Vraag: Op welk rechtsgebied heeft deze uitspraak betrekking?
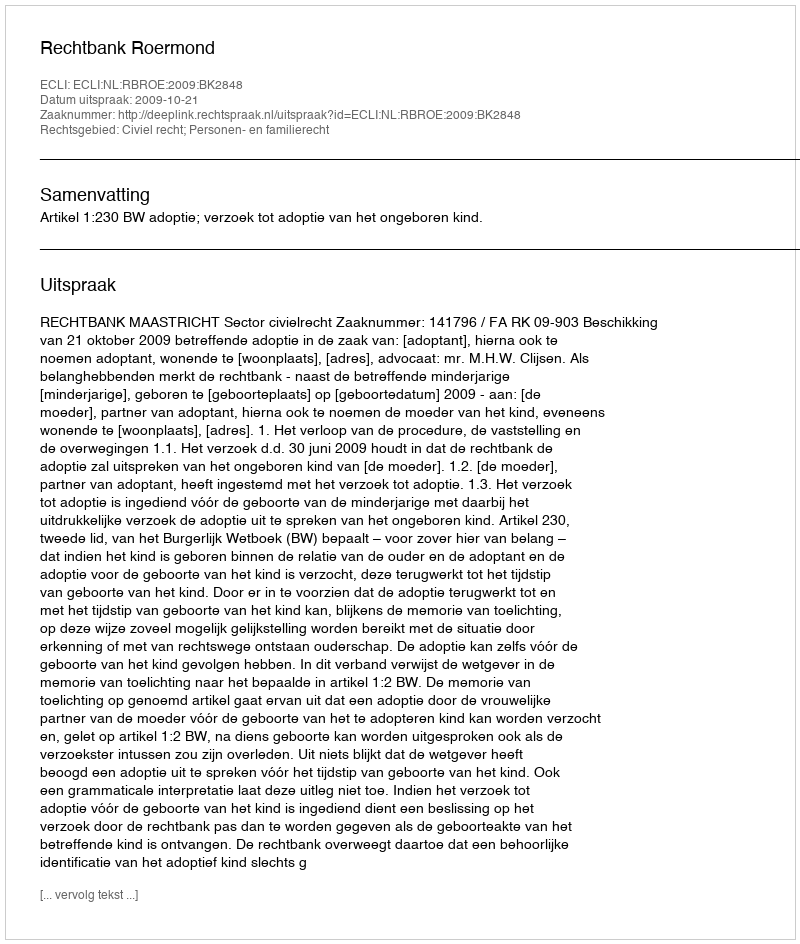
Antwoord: Civiel recht; Personen- en familierecht